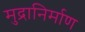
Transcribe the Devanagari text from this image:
मुद्रानिर्माण